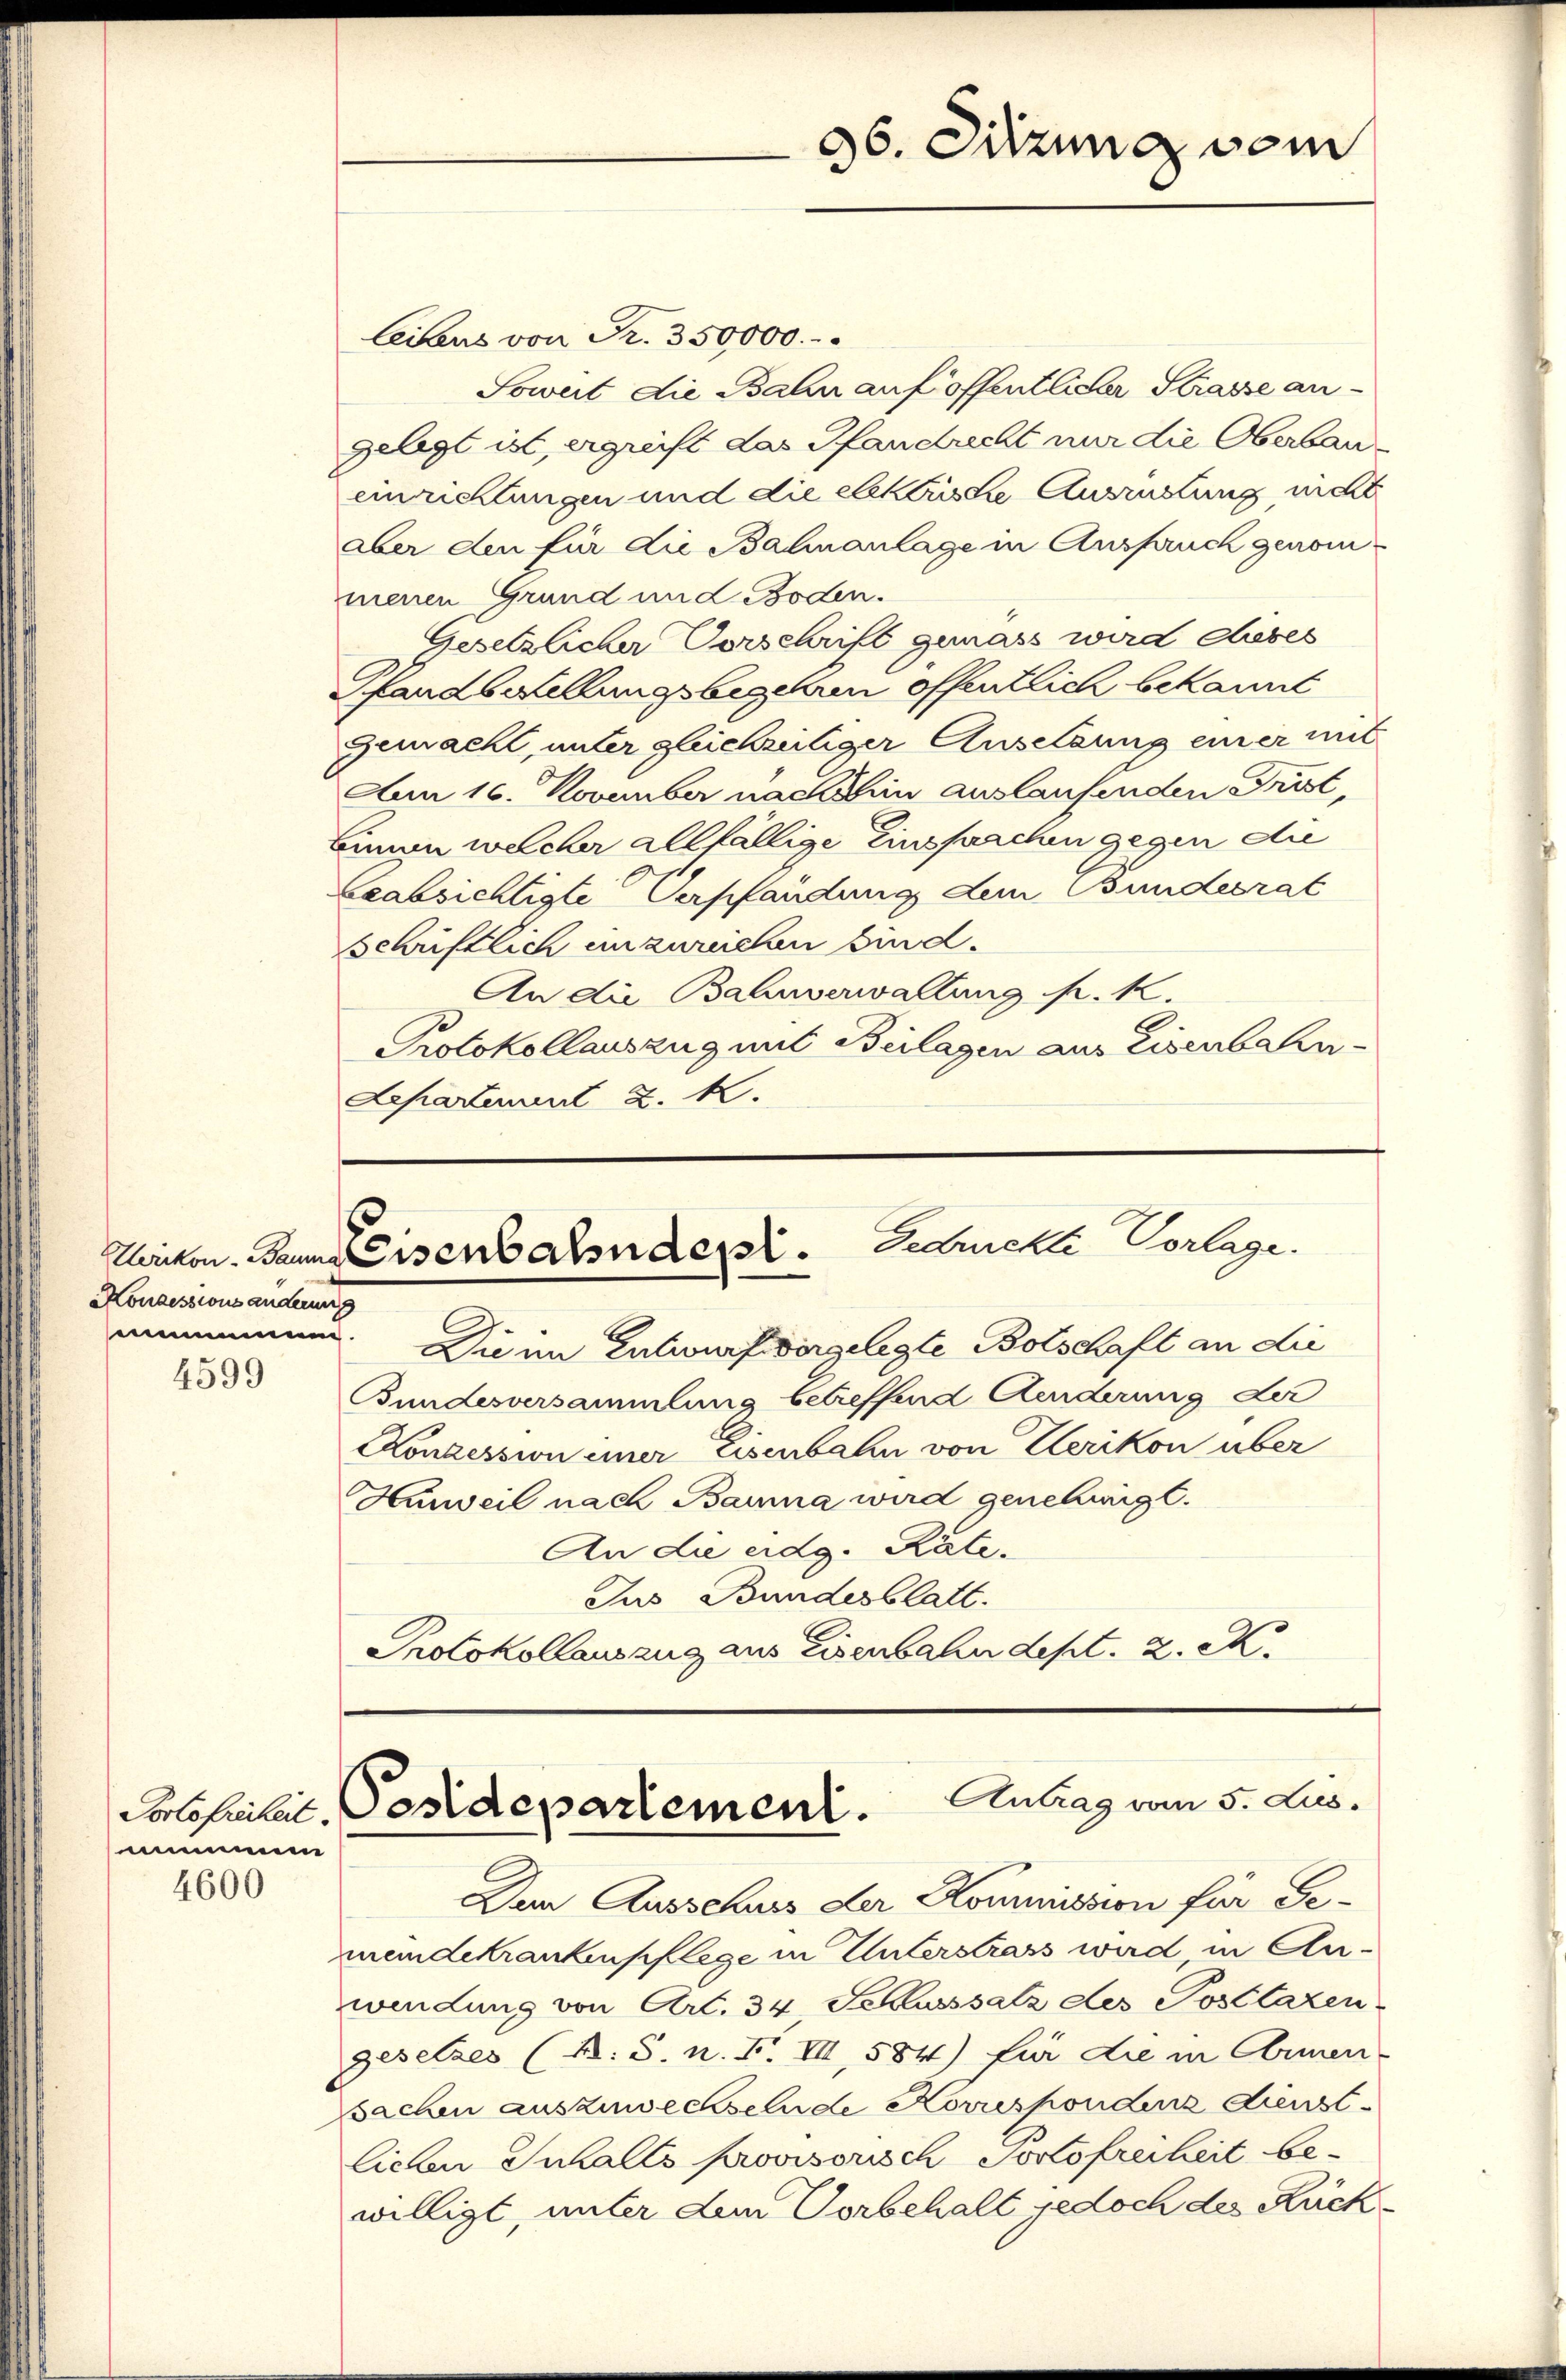
Konzessionsänderung
genomme
4599

mmmmen
4600

96. Sitzung vom

Cibus von Fr. 350,000.
Soweit die Bahn auf öffentlicher Krasse angelegt ist, ergreift das Pfandrecht mir die Oberbaueinrichtungen und die elektrische Ausrüstung nicht
aber den für die Bahnanlage in Anspruch genom
menen Grund und Boden.
Gesetzlicher Vorschrift gemass wird chebes
Pfandsstellungsbegehren öffentlich bekannt
gemacht, unter gleichzeitiger Ansetzung einer mit
Aen 16. November nachhin auslaufenden Frist,
Binne welcher allfällige Einsprachen gegen die
beabsichtigte Verpfändung dem Bundesrat
schriftlich unzureichen sind.
An die Bahnverwaltung fr. k.
Protokollauszug mit Beilagen aus Eisenbahn-
Separtement 2. K.

Karikon. Baumeisenbahndepl. Zedrichte Vorlage.

Die im Entwurf vergelegte Botschaft an die
Bundesversammlung betreffend Aenderung der
Konzession einer Eisenbahn von Clerikon über
Hurweil nach Banna wird genehmigt.
An die eidg. Räte.
Jus Bundesblatt.
Protokollauszug aus Eisenbahndept. 2. M.

Polofriheit. Postdepartement. Antrag vom 5. Jus

Den Ausschuss der Kommission für Gemandekrankenpflege in Unterstrass wird, in Anwendung von Art. 34 Schlusssatz des Postlazen-
gesetzes (N.S. n. F. VII, 584) für die in Annen-
sachen auszuwechselnde Korrespondenz dienst
lichen Inhalls provisorisch Sortofreiheit bewilligt, unter dem Vorbehalt jedoch des Rück¬